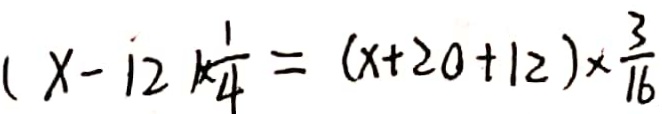
( x - 1 2 ) \times \frac { 1 } { 4 } = ( x + 2 0 + 1 2 ) \times \frac { 3 } { 1 6 }